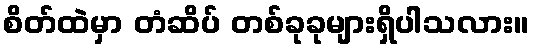
စိတ်ထဲမှာ တံဆိပ် တစ်ခုခုများရှိပါသလား။